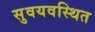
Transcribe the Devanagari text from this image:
सुवयवस्थित